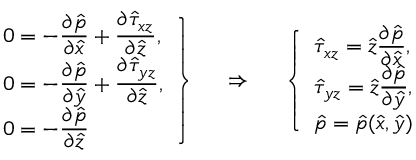
\left. \begin{array} { l } { 0 = - \displaystyle \frac { \partial \hat { p } } { \partial \hat { x } } + \frac { \partial \hat { \tau } _ { x z } } { \partial \hat { z } } , } \\ { 0 = - \displaystyle \frac { \partial \hat { p } } { \partial \hat { y } } + \frac { \partial \hat { \tau } _ { y z } } { \partial \hat { z } } , } \\ { 0 = - \displaystyle \frac { \partial \hat { p } } { \partial \hat { z } } } \end{array} \right\} ~ ~ ~ ~ \Rightarrow ~ ~ ~ ~ \left\{ \begin{array} { l } { \hat { \tau } _ { x z } = \hat { z } \displaystyle \frac { \partial \hat { p } } { \partial \hat { x } } , } \\ { \hat { \tau } _ { y z } = \hat { z } \displaystyle \frac { \partial \hat { p } } { \partial \hat { y } } , } \\ { \hat { p } = \hat { p } ( \hat { x } , \hat { y } ) } \end{array} \right.